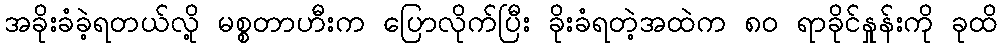
အခိုးခံခဲ့ရတယ်လို့ မစ္စတာဟီးက ပြောလိုက်ပြီး ခိုးခံရတဲ့အထဲက ၈၀ ရာခိုင်နှုန်းကို ခုထိ